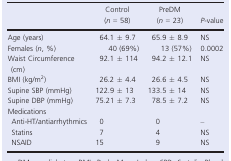
<table><thead><tr><td></td><td><b>Control (<i>n</i> = 58)</b></td><td><b>PreDM (<i>n</i> = 23)</b></td><td><b><i>P</i>‐value</b></td></tr></thead><tbody><tr><td>Age (years)</td><td>64.1 ± 9.7</td><td>65.9 ± 8.9</td><td>NS</td></tr><tr><td>Females (<i>n</i>, %)</td><td>40 (69%)</td><td>13 (57%)</td><td>0.0002</td></tr><tr><td>Waist Circumference (cm)</td><td>92.1 ± 114</td><td>94.2 ± 12.1</td><td>NS</td></tr><tr><td>BMI (kg/m<sup>2</sup>)</td><td>26.2 ± 4.4</td><td>26.6 ± 4.5</td><td>NS</td></tr><tr><td>Supine SBP (mmHg)</td><td>122.9 ± 13</td><td>133.5 ± 14</td><td>NS</td></tr><tr><td>Supine DBP (mmHg)</td><td>75.21 ± 7.3</td><td>78.5 ± 7.2</td><td>NS</td></tr><tr><td colspan="4">Medications</td></tr><tr><td>Anti‐HT/antiarrhythmics </td><td>0</td><td>0</td><td>–</td></tr><tr><td>Statins</td><td>7</td><td>4</td><td>NS</td></tr><tr><td>NSAID</td><td>15</td><td>9</td><td>NS</td></tr></tbody></table>